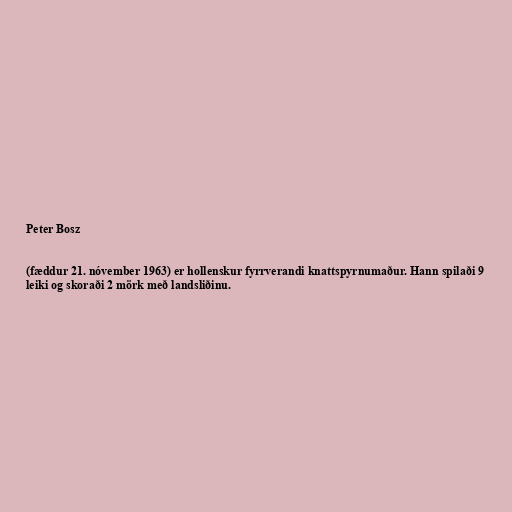
Peter Bosz

(fæddur 21. nóvember 1963) er hollenskur fyrrverandi knattspyrnumaður. Hann spilaði 9
leiki og skoraði 2 mörk með landsliðinu.